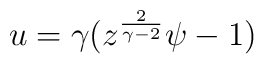
u=\gamma(z^{2\over{\gamma-2}}\psi-1)